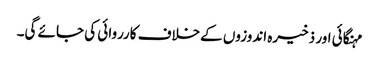
مہنگائی اور ذخیرہ اندوزوں کےخلاف کارروائی کی جائے گی۔